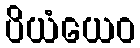
ပိယံယေဝ